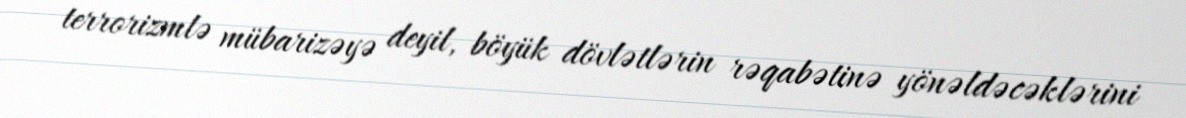
terrorizmlə mübarizəyə deyil, böyük dövlətlərin rəqabətinə yönəldəcəklərini